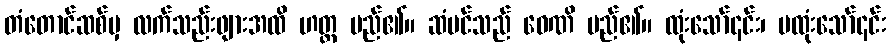
တံတောင်ဆစ်မှ လက်သည်းဖျားအထိ ဟတ္ထ မည်၏။ ဆံပင်သည် ဝေဏိ မည်၏။ ထုံးသော်၎င်း၊ မထုံးသော်၎င်း